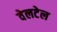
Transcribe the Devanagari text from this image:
वेलटेल